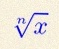
\sqrt[n]{x}